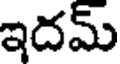
ఇదమ్